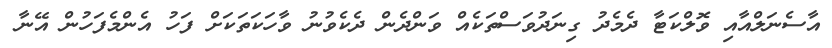
އާސެނަލްއާއި ވޮލްކަޓާ ދެމެދު ގިނަދުވަސްތަކެއް ވަންދެން ދެކެވުނު ވާހަކަތަކަށް ފަހު އެންމެފަހުން އޭނާ